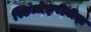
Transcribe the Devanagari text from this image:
स्किज़ोफ़्रीनीया